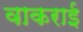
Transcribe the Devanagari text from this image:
वाकराई